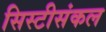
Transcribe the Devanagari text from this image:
सिस्टीसंकल